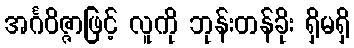
အင်္ဂဝိဇ္ဇာဖြင့် လူကို ဘုန်းတန်ခိုး ရှိမရှိ